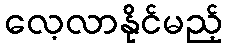
လေ့လာနိုင်မည့်